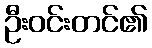
ဦးဝင်းတင်၏